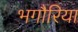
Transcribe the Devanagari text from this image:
भगौरिया